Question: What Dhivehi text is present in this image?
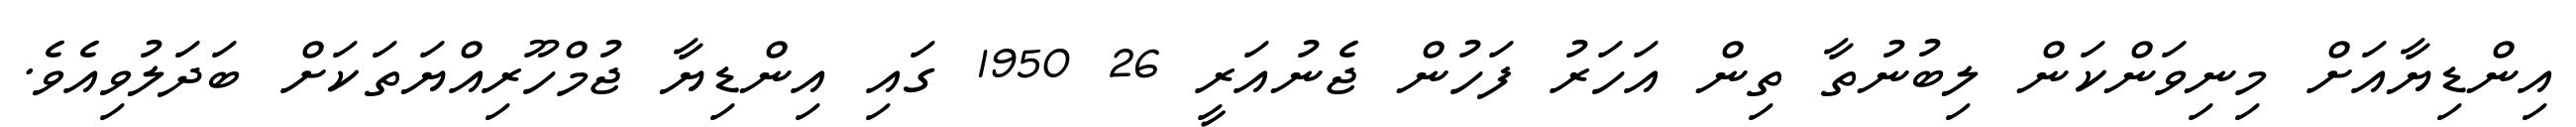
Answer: އިންޑިޔާއަށް މިނިވަންކަން ލިބުނުތާ ތިން އަހަރު ފަހުން ޖެނުއަރީ 26 1950 ގައި އިންޑިޔާ ޖުމްހޫރިއްޔަތަކަށް ބަދަލުވިއެވެ.